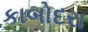
કાબોદરા